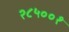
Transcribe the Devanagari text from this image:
२८५००१